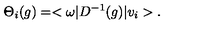
\Theta _ { i } ( g ) = < \omega | D ^ { - 1 } ( g ) | v _ { i } > .